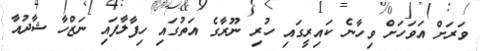
ވަރަށް އަވަހަށް ވިހާނެ ކައިރީގައި ހުރި ނޫރާގެ އަތުގައި ހިފާލާފައި ނަޒްހާ ޝާދުއާ